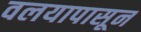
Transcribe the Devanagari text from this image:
वलयापासून